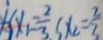
x _ { 1 } = \frac { 2 } { 3 } , x _ { 2 } = \frac { 2 } { 3 }